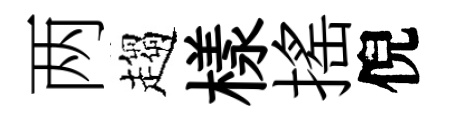
两趨樣揺倪